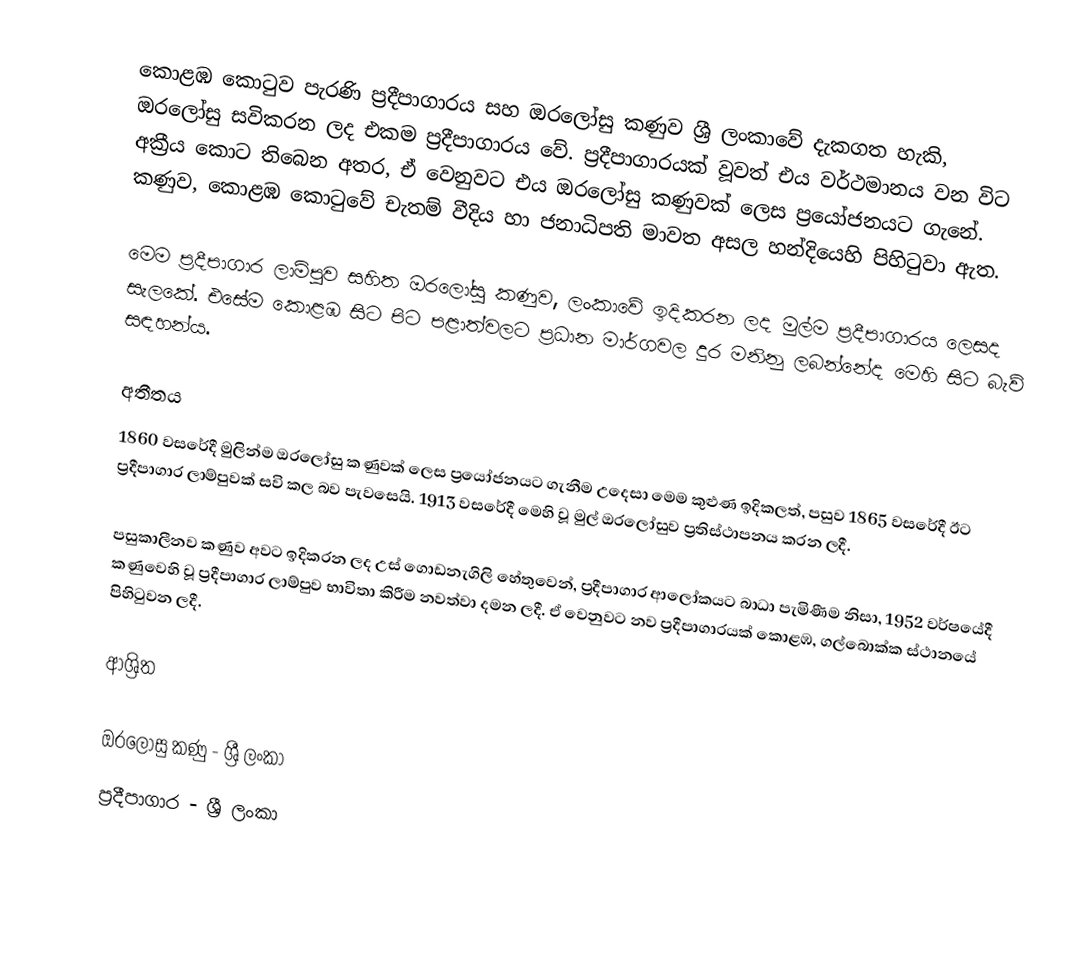
කොළඹ කොටුව පැරණි ප්‍රදීපාගාරය සහ ඔරලෝසු කණුව ශ්‍රී ලංකාවේ දැකගත හැකි, ඔරලෝසු සවිකරන ලද එකම ප්‍රදීපාගාරය වේ. ප්‍රදීපාගාරයක් වූවත් එය වර්ථමානය වන විට අක්‍රීය කොට තිබෙන අතර, ඒ වෙනුවට එය ඔරලෝසු කණුවක් ලෙස ප්‍රයෝජනයට ගැනේ. කණුව, කොළඹ කොටුවේ චැතම් වීදිය හා ජනාධිපති මාවත අසල හන්දියෙහි පිහිටුවා ඇත.

මෙම ප්‍රදීපාගාර ලාම්පුව සහිත ඔරලෝසු කණුව, ලංකාවේ ඉදිකරන ලද මුල්ම ප්‍රදීපාගාරය ලෙසද සැලකේ. එසේම කොළඹ සිට පිට පළාත්වලට ප්‍රධාන මාර්ගවල දුර මනිනු ලබන්නේද මෙහි සිට බැව් සඳහන්ය.

අතීතය
1860 වසරේදී මුලින්ම ඔරලෝසු කණුවක් ලෙස ප්‍රයෝජනයට ගැනීම උදෙසා මෙම කුළුණ ඉදිකලත්, පසුව 1865 වසරේදී ඊට ප්‍රදීපාගාර ලාම්පුවක් සවි කල බව පැවසෙයි. 1913 වසරේදී මෙහි වූ මුල් ඔරලෝසුව ප්‍රතිස්ථාපනය කරන ලදී.

පසුකාලීනව කණුව අවට ඉදිකරන ලද උස් ගොඩනැගිලි හේතුවෙන්, ප්‍රදීපාගාර ආලෝකයට බාධා පැමිණීම නිසා, 1952 වර්ෂයේදී කණුවෙහි වූ ප්‍රදීපාගාර ලාම්පුව භාවිතා කිරීම නවත්වා දමන ලදී. ඒ වෙනුවට නව ප්‍රදීපාගාරයක් කොළඹ, ගල්බොක්ක ස්ථානයේ පිහිටුවන ලදී.

ආශ්‍රිත

ඔරලෝසු කණු - ශ්‍රී ලංකා
ප්‍රදීපාගාර - ශ්‍රී ලංකා